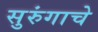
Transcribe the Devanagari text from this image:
सुरुंगाचे